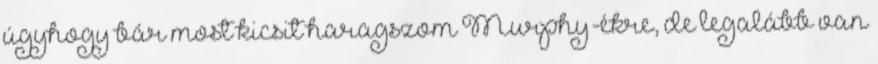
úgyhogy bár most kicsit haragszom Murphy-ékre, de legalább van